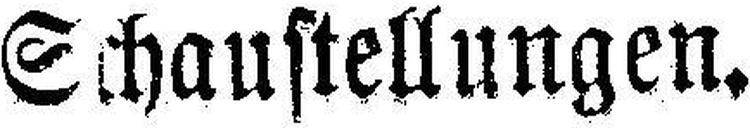
Schaustellungen.